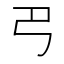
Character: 𢎟